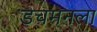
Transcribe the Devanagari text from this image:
डचमनला